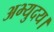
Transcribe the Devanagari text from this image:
अभ्युदय।